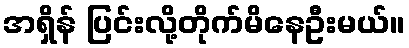
အရှိန် ပြင်းလို့တိုက်မိနေဦးမယ်။